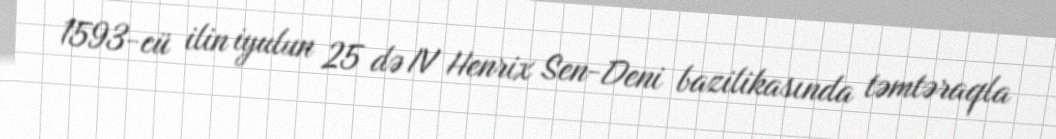
1593-cü ilin iyulun 25 də IV Henrix Sen-Deni bazilikasında təmtəraqla